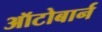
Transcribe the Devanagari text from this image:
ऑटोबार्न